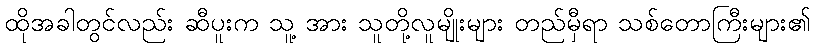
ထိုအခါတွင်လည်း ဆီပူးက သူ့ အား သူတို့လူမျိုးများ တည်မှီရာ သစ်တောကြီးများ၏